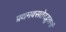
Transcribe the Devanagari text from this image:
प्रथमवसतेरद्भुतानां